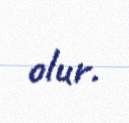
olur.